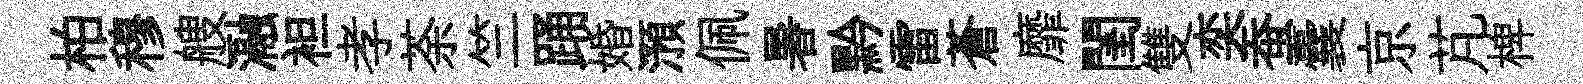
柏穆艘瀜袒孝荼竺踊婚澦佩暑黔雷蒼靡閨雙奕蚕囊京芃椑